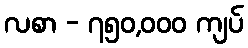
လစာ - ၇၅၀,၀၀၀ ကျပ်